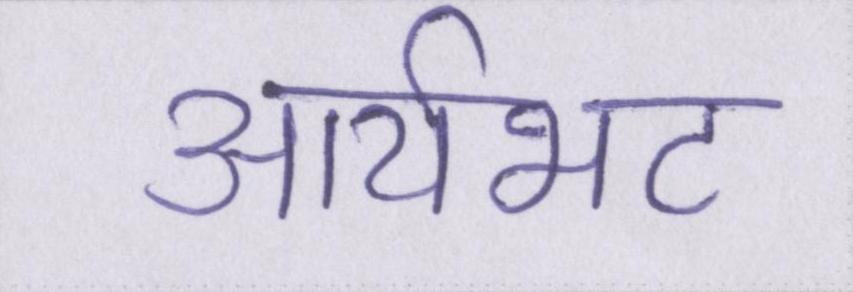
आर्यभट